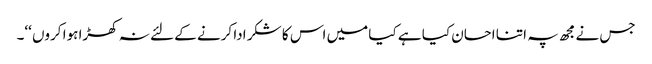
جس نے مجھ پہ اتنا احسان کیا ہے کیا میں اس کا شکر ادا کرنے کے لئے نہ کھڑا ہوا کروں ‘‘۔